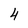
Character: 4